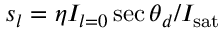
s _ { l } = \eta I _ { l = 0 } \sec \theta _ { d } / I _ { \mathrm { s a t } }